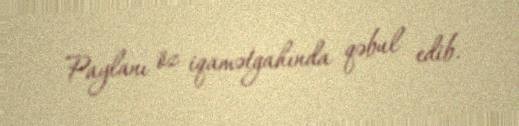
Paylanı öz iqamətgahında qəbul edib.